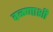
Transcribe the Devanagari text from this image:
वळणाशी